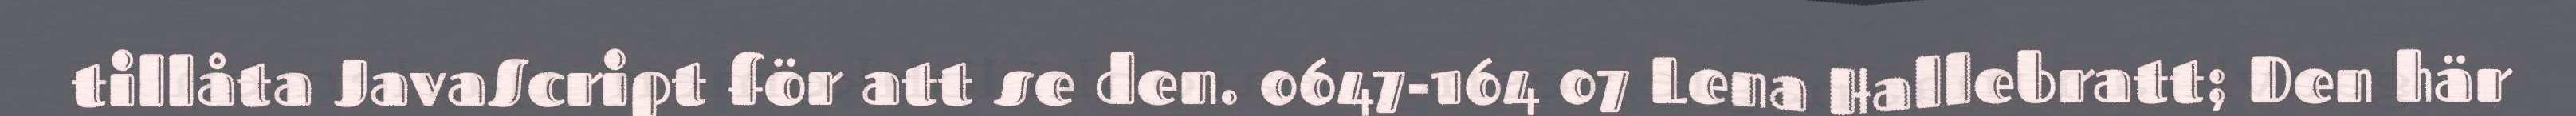
tillåta JavaScript för att se den. 0647-164 07 Lena Hallebratt; Den här